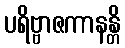
ပရိဗ္ဗာဇကာနန္တိ